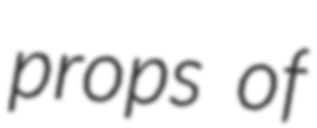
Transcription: props of